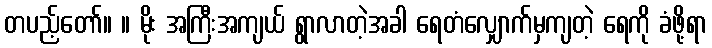
တပည့်တော်။ ။ မိုး အကြီးအကျယ် ရွာလာတဲ့အခါ ရေတံလျှောက်မှကျတဲ့ ရေကို ခံဖို့ရာ